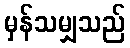
မှန်သမျှသည်